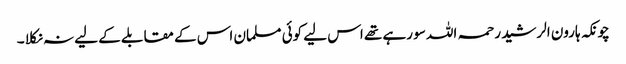
چونکہ ہارون الرشید رحمہ اللہ سو رہے تھے اس لیے کوئی مسلمان اس کے مقابلے کے لیے نہ نکلا ۔